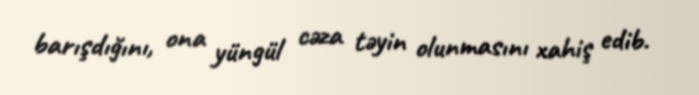
barışdığını, ona yüngül cəza təyin olunmasını xahiş edib.